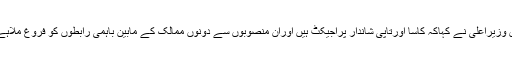
تاجکستان کے سفیر کے سوال کے جواب میں وزیراعلیٰ نے کہاکہ کاسا اورتاپی شاندار پراجیکٹ ہیں اوران منصوبوں سے دونوں ممالک کے مابین باہمی رابطوں کو فروغ ملاہے اوریہ تعاون بھی سی پیک کی ہی قسم ہے ۔